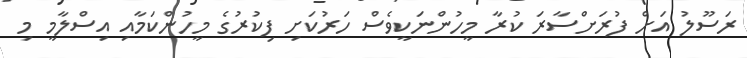
ރަސޫލު އަށް ފުރަށްސާރަ ކުރާ މީހުންނަކީވެސް ހަރުކަށި ފިކުރުގެ މީހުންކަމާއި އިސްލާމީ މި